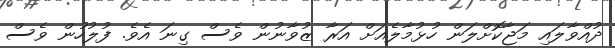
ދުއްވާލައި މަޖާކޮށްލަން ހުޅުމާލެއަށް އަރާ ޒުވާނުން ވެސް ގިނަ އެވެ. ފުލުހުން ވެސް